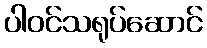
ပါဝင်သရုပ်ဆောင်